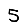
Digit: 5